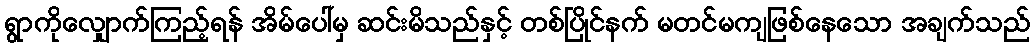
ရွာကိုလျှောက်ကြည့်ရန် အိမ်ပေါ်မှ ဆင်းမိသည်နှင့် တစ်ပြိုင်နက် မတင်မကျဖြစ်နေသော အချက်သည်